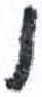
אות: ו